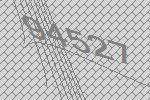
94527